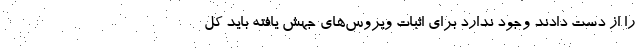
را از دست دادند وجود ندارد برای اثبات ویروس‌های جهش یافته باید کل